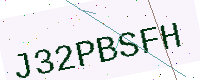
Text: J32PBSFH